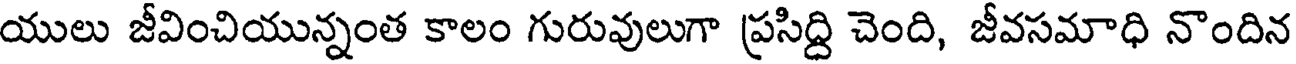
యులు జీవించియున్నంత కాలం గురువులుగా ప్రసిద్ది చెంది, జీవసమాధి నొందిన